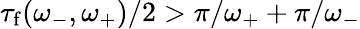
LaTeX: \tau_{\mathrm{f}}(\omega_{-},\omega_{+})/2>\pi/\omega_{+}+\pi/\omega_{-}